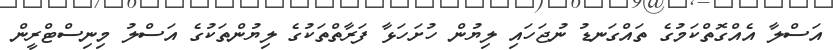
އަސްލާ އެއްގޮތްކަމުގެ ތައްގަނޑު ނުޖަހައި ލިޔުން ހުށަހަޅާ ފަރާތްތަކުގެ ލިޔުންތަކުގެ އަސްލު މިނިސްޓްރީން